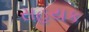
સહયક